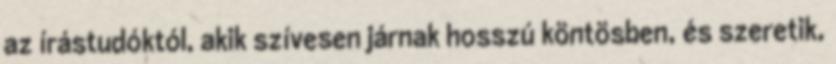
az írástudóktól, akik szívesen járnak hosszú köntösben, és szeretik,